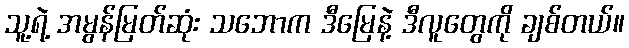
သူ့ရဲ့ အမွန်မြတ်ဆုံး သဘောက ဒီမြေနဲ့ ဒီလူတွေကို ချစ်တယ်။